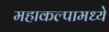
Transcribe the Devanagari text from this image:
महाकल्पामध्ये